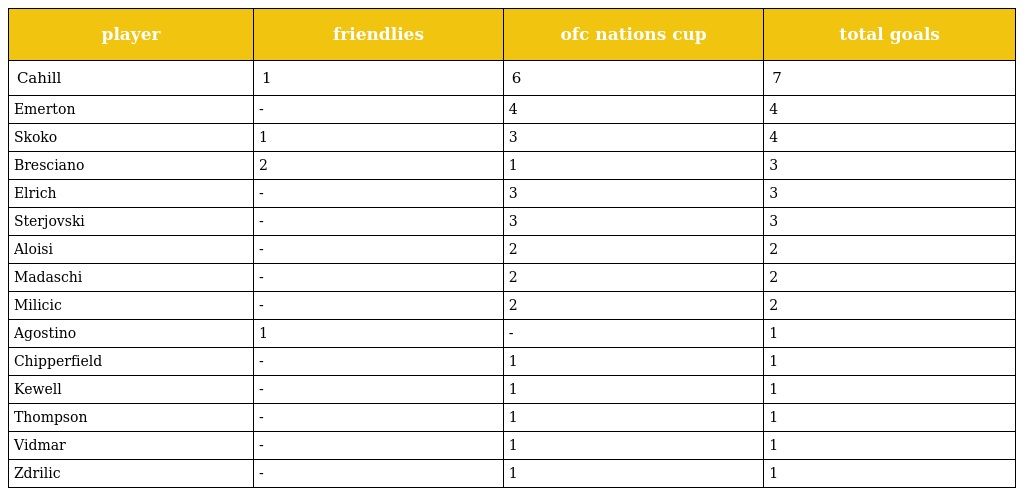
| player | friendlies | ofc nations cup | total goals |
 | --- | --- | --- | --- |
 | Cahill | 1 | 6 | 7 |
 | Emerton | - | 4 | 4 |
 | Skoko | 1 | 3 | 4 |
 | Bresciano | 2 | 1 | 3 |
 | Elrich | - | 3 | 3 |
 | Sterjovski | - | 3 | 3 |
 | Aloisi | - | 2 | 2 |
 | Madaschi | - | 2 | 2 |
 | Milicic | - | 2 | 2 |
 | Agostino | 1 | - | 1 |
 | Chipperfield | - | 1 | 1 |
 | Kewell | - | 1 | 1 |
 | Thompson | - | 1 | 1 |
 | Vidmar | - | 1 | 1 |
 | Zdrilic | - | 1 | 1 |